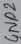
Text: GND2